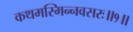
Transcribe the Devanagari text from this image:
कथमस्मिन्नवसरः॥१॥